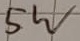
Text: 5W